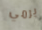
يرمي